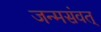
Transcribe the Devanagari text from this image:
जन्मसंवत्